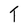
Character: T